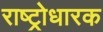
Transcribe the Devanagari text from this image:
राष्ट्रोधारक